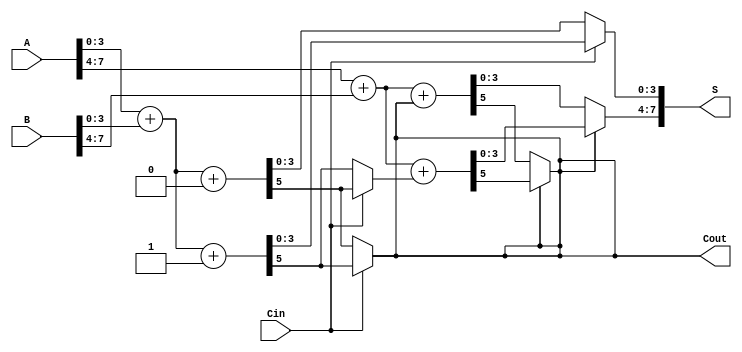
module carry_select_adder (
    input [7:0] A,        // First 8-bit input
    input [7:0] B,        // Second 8-bit input
    input Cin,            // Carry-in
    output [7:0] S,       // 8-bit Sum output
    output Cout           // Carry-out
);

    wire [3:0] A0 = A[3:0];  // Lower 4 bits of A
    wire [3:0] A1 = A[7:4];  // Upper 4 bits of A
    wire [3:0] B0 = B[3:0];  // Lower 4 bits of B
    wire [3:0] B1 = B[7:4];  // Upper 4 bits of B

    wire [4:0] S0, S0_prime;  // Sums for lower block with Cin = 0 and Cin = 1
    wire C0, C0_prime;        // Carries for lower block
    wire [4:0] S1, S1_prime;  // Sums for upper block with carry-in taken from lower block
    wire C1, C1_prime;        // Carries for upper block

    // Lower Block (A0 + B0)
    assign {C0, S0} = A0 + B0 + 0;          // When Cin = 0
    assign {C0_prime, S0_prime} = A0 + B0 + 1; // When Cin = 1

    // MUX for selecting sum and carry based on Cin
    wire use_prime;
    assign use_prime = Cin;

    assign S[3:0] = use_prime ? S0_prime : S0; // Select based on Cin
    assign Cout = use_prime ? C0_prime : C0;   // Select carry based on Cin

    // Upper Block (A1 + B1 + carry from lower block)
    assign {C1, S1} = A1 + B1 + (use_prime ? C0_prime : C0);        // Using selected carry
    assign {C1_prime, S1_prime} = A1 + B1 + (use_prime ? C0 : C0_prime); // Alternate carry

    // Final MUX for upper block sum and carry
    assign S[7:4] = (Cout) ? S1_prime[3:0] : S1[3:0];  // Select upper sum based on Cout
    assign Cout = (Cout) ? C1_prime : C1;               // Select upper carry based on Cout

endmodule